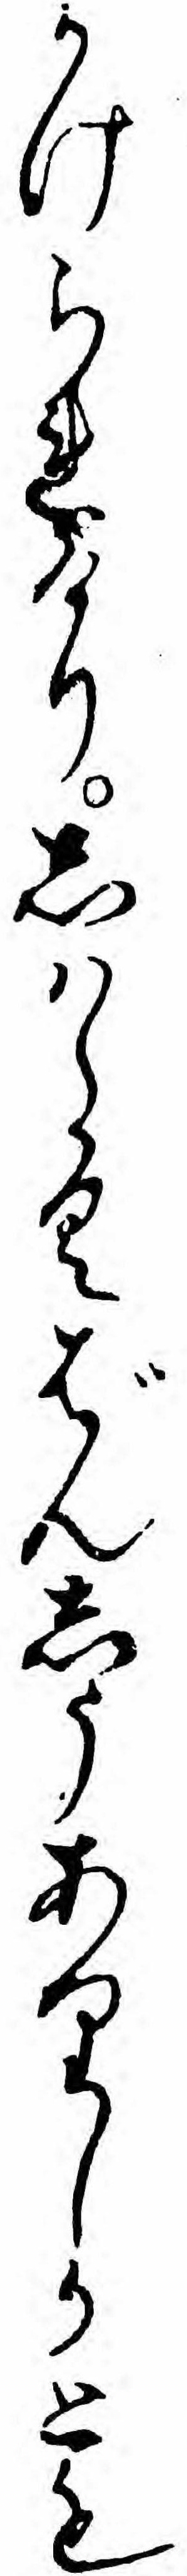
かけられけりしハらくばんしうありしかとも